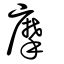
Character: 摩